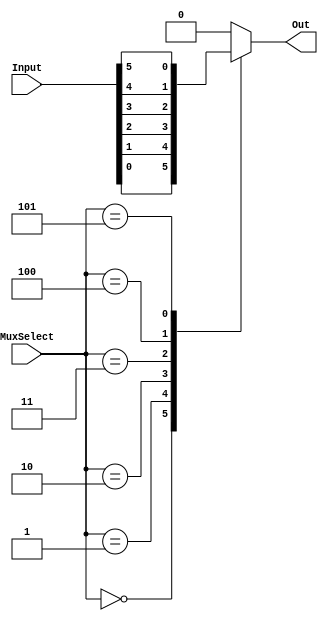


//timescale 1ns / 1ns // `timescale time_unit/time_precision


module alwaysBlock(Input, Out, MuxSelect);
	input [5:0] Input;
	input [2:0] MuxSelect;
	output Out;
	
	reg Out;

always@(*)
begin
	case(MuxSelect[2:0])
		3'b000: Out = Input[0];
		3'b001: Out = Input[1];
		3'b010: Out = Input[2];
		3'b011: Out = Input[3];
		3'b100: Out = Input[4];
		3'b101: Out = Input[5];
		default: Out = 1'b0;
	endcase
end
endmodule


// Write like this or the way below? Question for TA.
/*module mux6to1(In, Sig, Out);
	input[5:0] In;
	input[2:0] Sig;
	output Out;
	
	alwaysBlock b1(.Input(In[5:0]), 
		       .MuxSelect(Sig[2:0]), 
		       .Out(Out)); 
endmodule
*/

module Lab_3(SW, LEDR);
	input[9:0] SW;
	output[9:0] LEDR;
	
	alwaysBlock b1(.Input(SW[5:0]), 
		       .MuxSelect(SW[9:7]), 
		       .Out(LEDR[0]));
endmodule